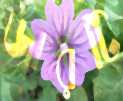
জারটি